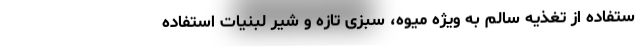
ستفاده از تغذیه سالم به ویژه میوه، سبزی تازه و شیر لبنیات استفاده